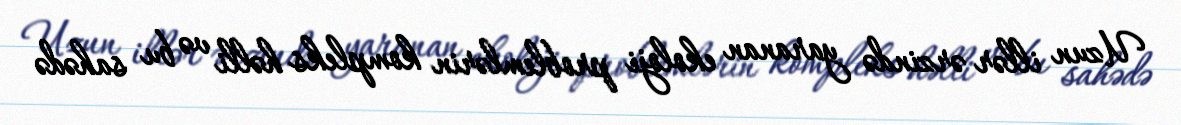
Uzun illər ərzində yaranan ekoloji problemlərin kompleks həlli və bu sahədə